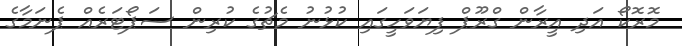
މޮރޮކޯ އަދި އީރާން ގްރޫޕް ފިޔަވަހީގައި ކުޅުނު މެޗުގެ ކުރިން ސަޕޯޓަރެއް ޕެނަމާގެ